Document type: Sale
Year: 1461
Scribe: [Unknown]
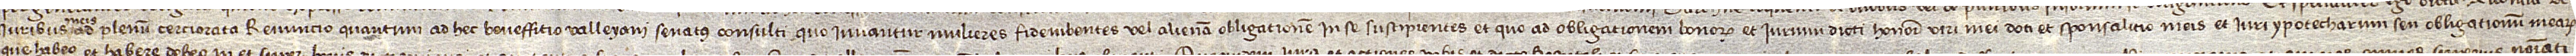
iuribus meis  ad plenum cerciorata, renuncio quantum ad hec beneffitio Valleyani senatus consulti quo iuvantur mulieres fideiubentes vel alienam obligationem in se suscipientes et quo ad obligationem bonorum et iurium dicti honoris viri mei doti et sponsalitio meis et iuri ypotecharum seu obligationum mearum